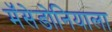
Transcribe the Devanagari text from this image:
मॅसेडोनियाला